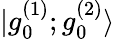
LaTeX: |g_{0}^{(1)};g_{0}^{(2)}\rangle